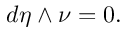
d \eta \wedge \nu = 0 .